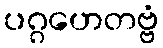
ပဂ္ဂဟေတဗ္ဗံ